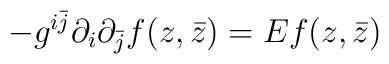
-g^{i\bar j} \partial_i \partial_{\bar j} f(z,\bar z)= E f(z,\bar z)